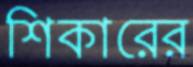
শিকারের